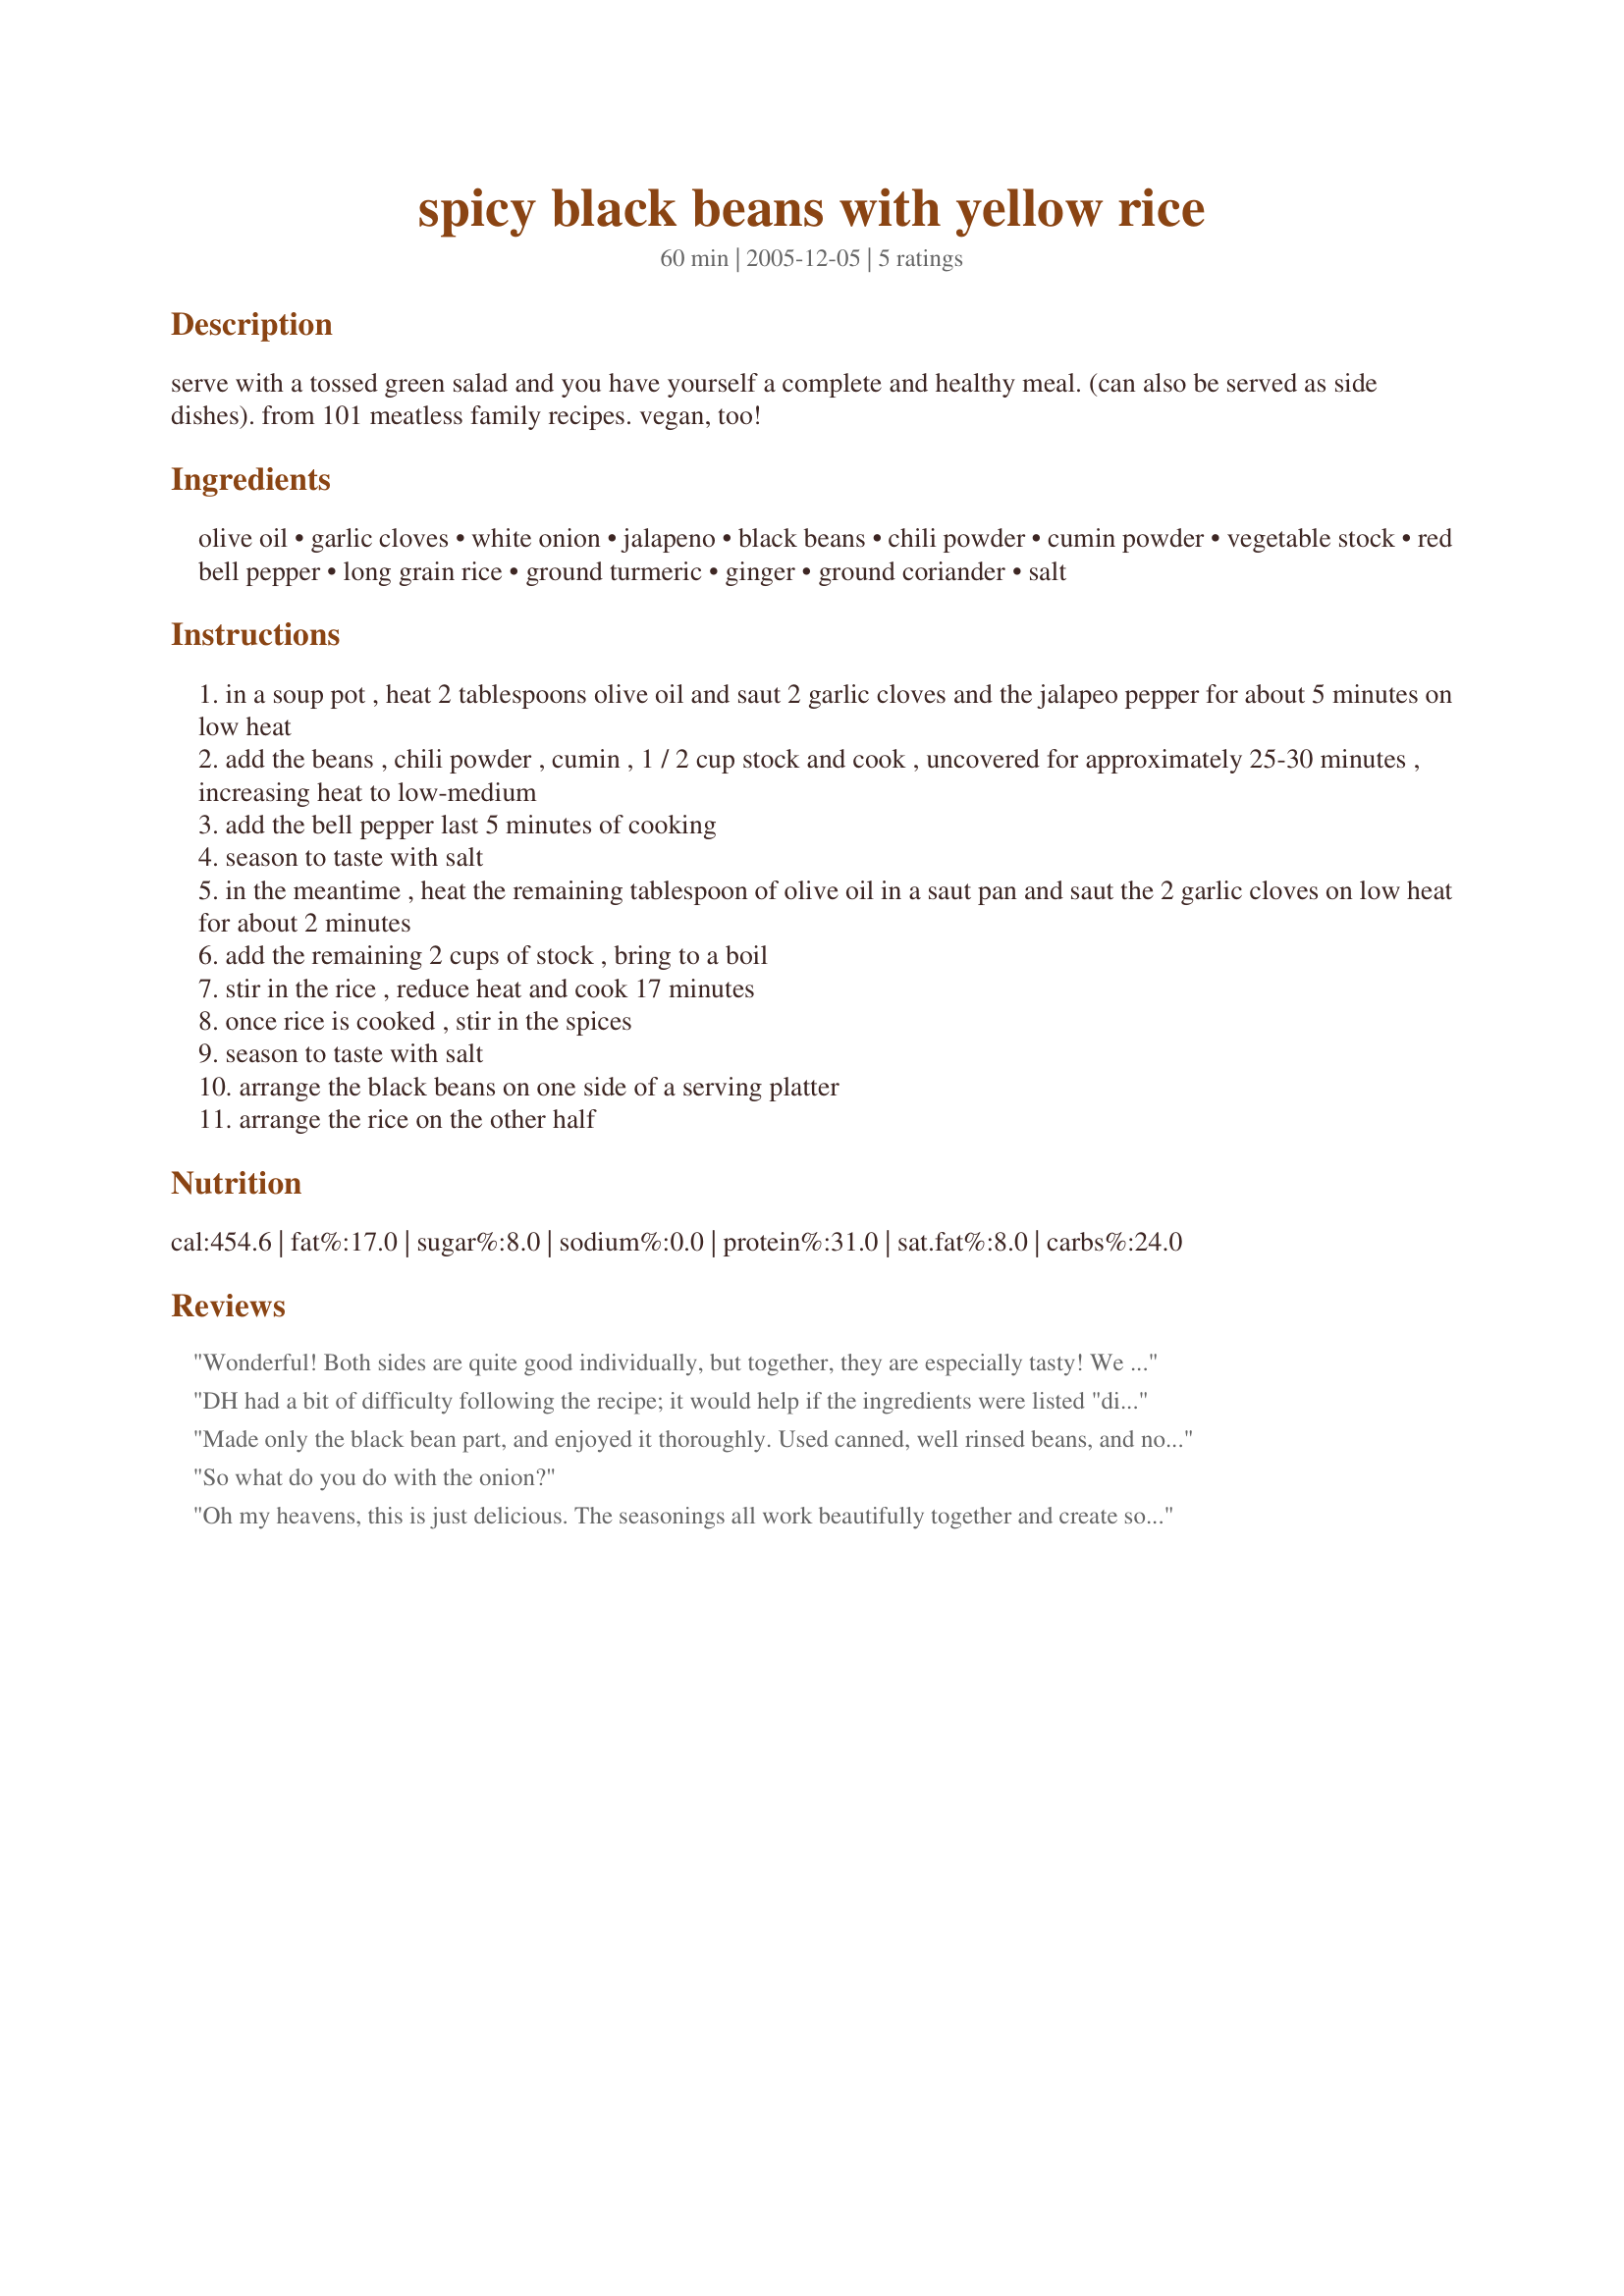
spicy black beans with yellow rice
Preparation time: 60 minutes

serve with a tossed green salad and you have yourself a complete and healthy meal. (can also be served as side dishes). from 101 meatless family recipes. vegan, too!

Ingredients:
olive oil, garlic cloves, white onion, jalapeno, black beans, chili powder, cumin powder, vegetable stock, red bell pepper, long grain rice, ground turmeric, ginger, ground coriander, salt

Steps:
in a soup pot , heat 2 tablespoons olive oil and saut 2 garlic cloves and the jalapeo pepper for about 5 minutes on low heat
add the beans , chili powder , cumin , 1 / 2 cup stock and cook , uncovered for approximately 25-30 minutes , increasing heat to low-medium
add the bell pepper last 5 minutes of cooking
season to taste with salt
in the meantime , heat the remaining tablespoon of olive oil in a saut pan and saut the 2 garlic cloves on low heat for about 2 minutes
add the remaining 2 cups of stock , bring to a boil
stir in the rice , reduce heat and cook 17 minutes
once rice is cooked , stir in the spices
season to taste with salt
arrange the black beans on one side of a serving platter
arrange the rice on the other half

Reviews:
Wonderful! Both sides are quite good individually, but together, they are especially tasty! We really enjoyed this. Thanks for sharing! Veggie Swap 40
DH had a bit of difficulty following the recipe; it would help if the ingredients were listed "divided" so if you have a habit of not reading too far ahead (like us), you would know to separate out proportions as you are prepping. The flavor was good. Served with bean burritos. Thanks!
Made only the black bean part, and enjoyed it thoroughly. Used canned, well rinsed beans, and no jalapeno - preference. Will be keeping this for future meals. Thanks for posting, Cookgirl
So what do you do with the onion?
Oh my heavens, this is just delicious. The seasonings all work beautifully together and create something excellent. After 3 days of eating restaurant this was like nirvana on a plate. I didn't have any red pepper so I used orange which still gave some color contrast. I'm so pleased that I have leftovers for tomorrow. :D
